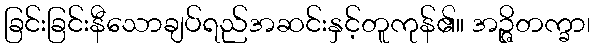
ခြင်းခြင်းနီသောချပ်ရည်အဆင်းနှင့်တူကုန်၏။ အဉ္ဇိတက္ခာ၊